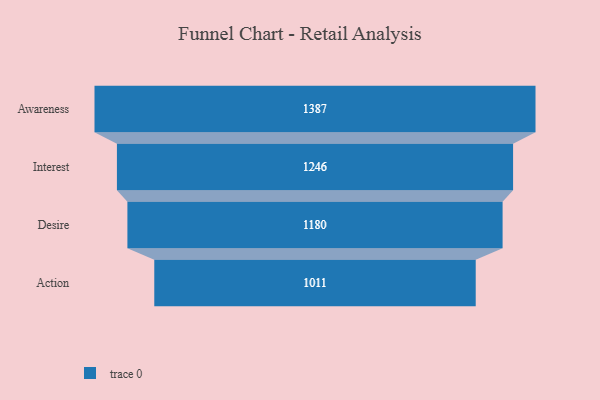
{"axis": {"x": "Stage", "y": "Value"}, "legend": [""], "data": [{"x": "Awareness", "y": 1387.0, "type": ""}, {"x": "Interest", "y": 1246.0, "type": ""}, {"x": "Desire", "y": 1180.0, "type": ""}, {"x": "Action", "y": 1011.0, "type": ""}]}